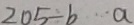
2 0 5 \div b \cdots a